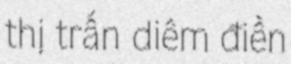
thị trấn diêm điền